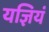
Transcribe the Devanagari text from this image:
यज्ञियं